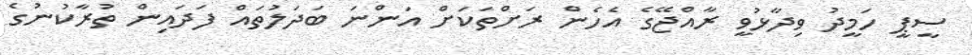
ސީޕީ ހަމީދު ވިދާޅުވީ ރާއްޖޭގެ އެހެން ރަށްތަކަށް އަންނަ ބަދަލުތައް ފަދައިން ތުރާކުނުގެ